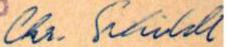
Chr. Schildt